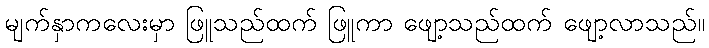
မျက်နှာကလေးမှာ ဖြူသည်ထက် ဖြူကာ ဖျော့သည်ထက် ဖျော့လာသည်။